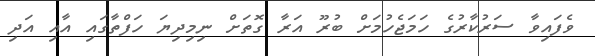
ވެފައިވާ ސަރުކާރުގެ ހަމަޖެހުމަށް ބުރޫ އަރާ ގޮތަށް ނިމިދިޔަ ހަފްތާގައި އާއި އަދި